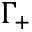
\Gamma _ { + }